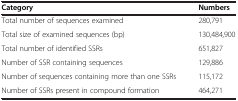
| Category | Numbers |
 | --- | --- |
 | Total number of sequences examined | 280,791 |
 | Total size of examined sequences (bp) | 130,484,900 |
 | Total number of identified SSRs | 651,827 |
 | Number of SSR containing sequences | 129,886 |
 | Number of sequences containing more than one SSRs | 115,172 |
 | Number of SSRs present in compound formation | 464,271 |